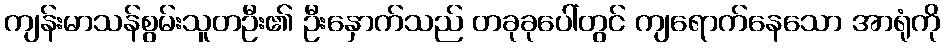
ကျန်းမာသန်စွမ်းသူတဦး၏ ဦးနှောက်သည် တခုခုပေါ်တွင် ကျရောက်နေသော အာရုံကို